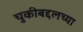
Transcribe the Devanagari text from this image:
चुकीबद्दलच्या